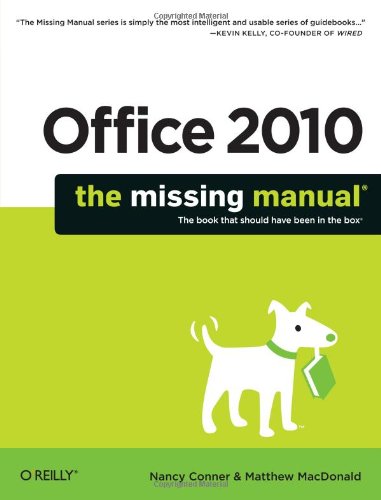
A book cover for Office 2010: The Missing Manual; Nancy Conner; Computers & Technology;